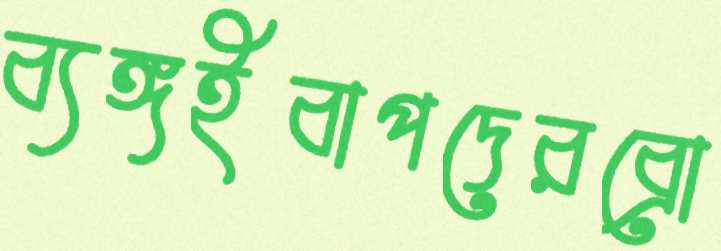
ব্যঙ্গইবাপদেরব্রো